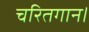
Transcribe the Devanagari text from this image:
चरितगान।